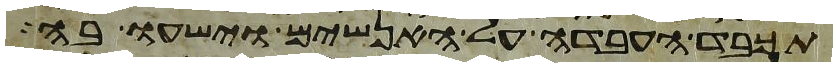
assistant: תכבד העבדה על האנשים וישעו בה